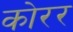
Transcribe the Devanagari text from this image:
कोरर